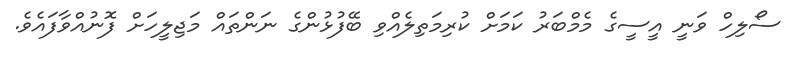
ސޯލިހް ވަނީ އީސީގެ މެމްބަރު ކަމަށް ކުރިމަތިލެއްވި ބޭފުޅުންގެ ނަންތައް މަޖިލީހަށް ފޮނުއްވާފައެވެ.